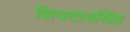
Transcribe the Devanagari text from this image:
शिवदानसिंह